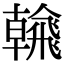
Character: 𩙶